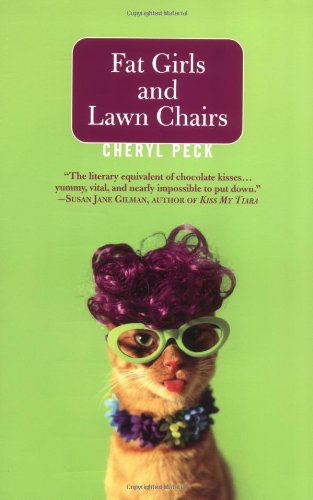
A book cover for Fat Girls and Lawn Chairs; Cheryl Peck; Gay & Lesbian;